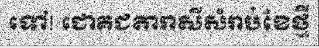
ទៅ! ជោគជតារាសីសំរាប់ខែថ្មី